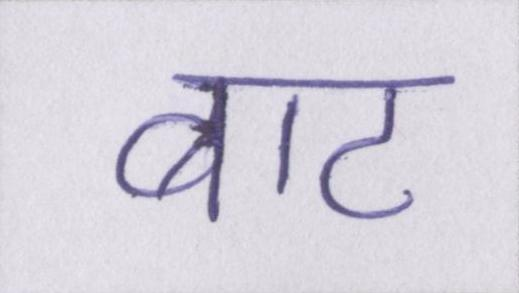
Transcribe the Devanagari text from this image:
बाट